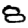
Digit: 8